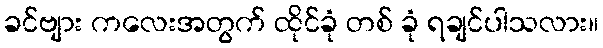
ခင်ဗျား ကလေးအတွက် ထိုင်ခုံ တစ် ခုံ ရချင်ပါသလား။